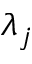
\lambda _ { j }